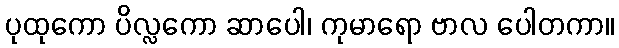
ပုထုကော ပိလ္လကော ဆာပေါ၊ ကုမာရော ဗာလ ပေါတကာ။